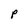
Character: p